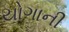
યોગાની